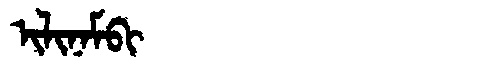
Manchu: ᡳᠯᡳᠨᠠᠮᠪᡳ
Romanization: ILINAMBI